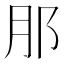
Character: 𮷩